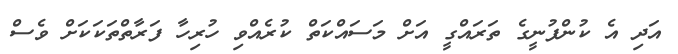
އަދި އެ ކުންފުނީގެ ތަރައްގީ އަށް މަސައްކަތް ކުރެއްވި ހުރިހާ ފަރާތްތަކަކަށް ވެސް